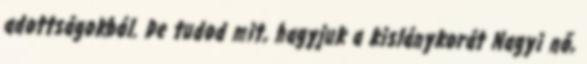
adottságokból. De tudod mit, hagyjuk a kislánykorát Nagyi nő,